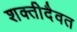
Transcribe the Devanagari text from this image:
शक्तीदैवत